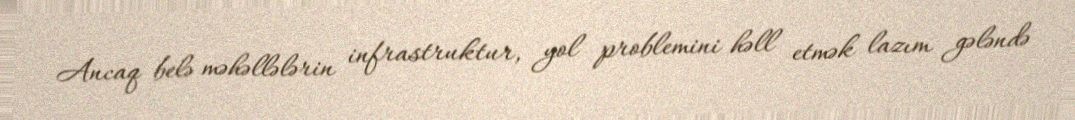
Ancaq belə məhəllələrin infrastruktur, yol problemini həll etmək lazım gələndə